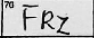
Transcription: FRZ